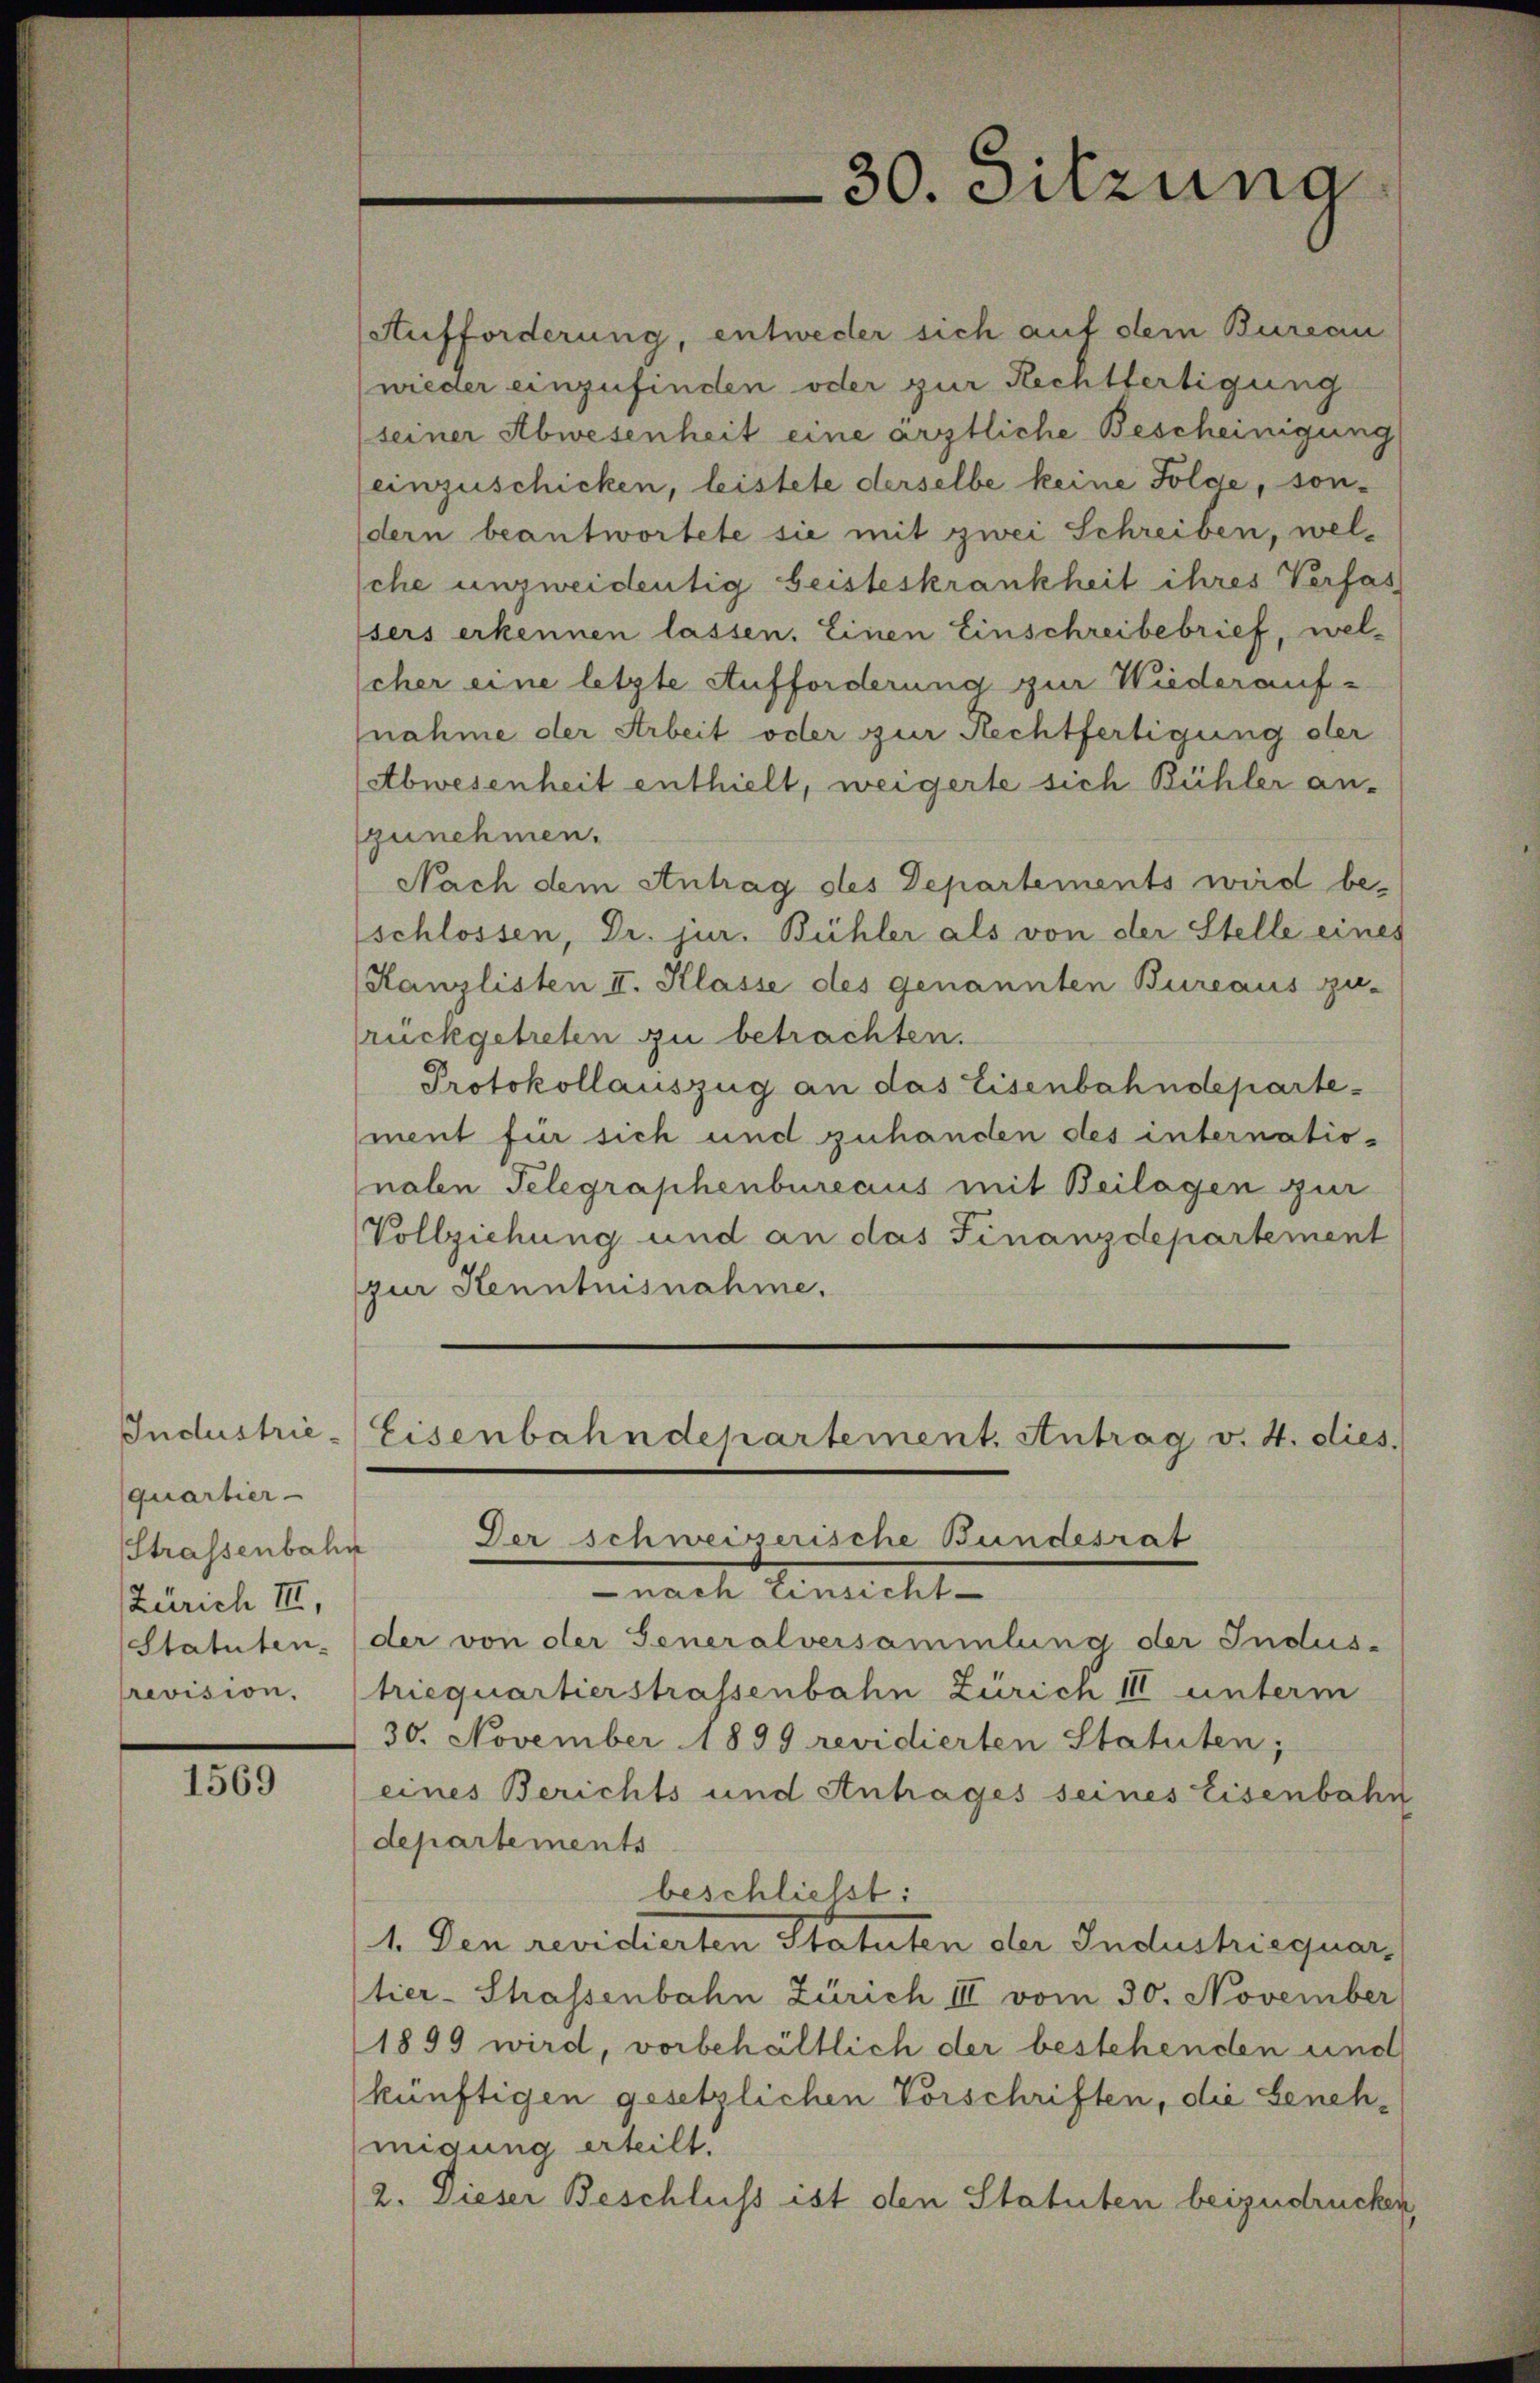
Industriequartier-
Strassenbahn
Zürich III,
(Statuten.
revision.

1569

30. Sitzung

Aufforderung, entweder sich auf dem Bureau
wieder einzufinden oder zur Rechtfertigung
(seiner Abwesenheit eine ärztliche Bescheinigung
einzuschicken, leistete derselbe keine Folge, sondern beantwortete sie mit zwei Schreiben, welsche unzweidentig Geisteskrankheit ihres Verfas
sers erkennen lassen. Einen Einschreibebrief, welscher eine letzte Aufforderung zur Wiederauf-
nahme der Arbeit oder zur Rechtfertigung der
Abwesenheit enthielt, weigerte sich Bühler an-
zunehmen.
Nach dem Antrag des Departements wird beschlossen, Dr. jur. Bühler als von der Stelle eines
(Kanzlisten II. Klasse des genannten Bureaus zu-
rückgetreten zu betrachten.
Protokollauszug an das Eisenbahndepartement für sich und zuhanden des internatio-
nalen Telegraphenburecius mit Beilagen zur
Vollziehung und an das Finanzdepartement
(zur Kenntnisnahme.
Eisenbahndepartement. Antrag v. 4. dies
Der schweizerische Bundesrat
nach Einsicht
der von der Generalversammlung der Indus-
triequartierstrassenbahn Zürich III unterm
30. November 1899 revidierten Statuten;
eines Berichts und Antrages seines Eisenbahn
departements
beschließt:
1. Den revidierten Statuten der Industriequar,
tier-Strassenbahn Zürich III vom 30. November
1899 wird, vorbehältlich der bestehenden und
künftigen gesetzlichen Vorschriften, die Genehmigung erteilt.
2. Dieser Beschluss ist den Statuten beizudrücken,